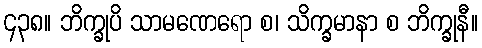
၄၃၈။ ဘိက္ခုပိ သာမဏေရော စ၊ သိက္ခမာနာ စ ဘိက္ခုနီ။